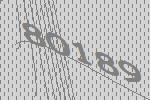
80189